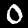
Label: 0